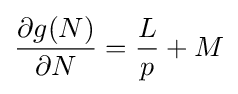
{\frac {\partial g(N)}{\partial N}}={\frac {L}{p}}+M